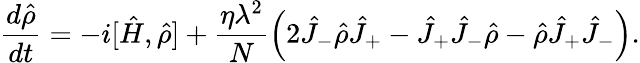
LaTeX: \frac{d\hat{\rho}}{dt}=-i[\hat{H},\hat{\rho}]+\frac{\eta\lambda^{2}}{N}\left(2\hat{J}_{-}\hat{\rho}\hat{J}_{+}-\hat{J}_{+}\hat{J}_{-}\hat{\rho}-\hat{\rho}\hat{J}_{+}\hat{J}_{-}\right).